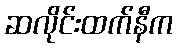
ဆလိုင်းထက်နီက